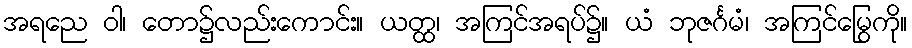
အရညေ ဝါ၊ တော၌လည်းကောင်း။ ယတ္ထ၊ အကြင်အရပ်၌။ ယံ ဘုဇင်္ဂမံ၊ အကြင်မြွေကို။